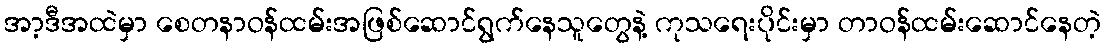
အာ့ဒီအထဲမှာ စေတနာဝန်ထမ်းအဖြစ်ဆောင်ရွက်နေသူတွေနဲ့ ကုသရေးပိုင်းမှာ တာဝန်ထမ်းဆောင်နေတဲ့